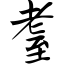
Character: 耋